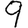
Digit: 9